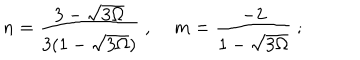
n = \frac { 3 - \sqrt { 3 \Omega } } { 3 ( 1 - \sqrt { 3 \Omega } ) } \; , \; m = \frac { - 2 } { 1 - \sqrt { 3 \Omega } } \; ;